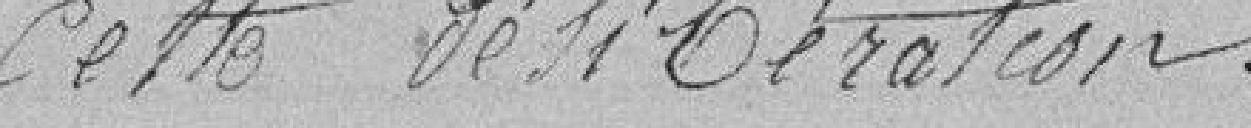
cette délibération